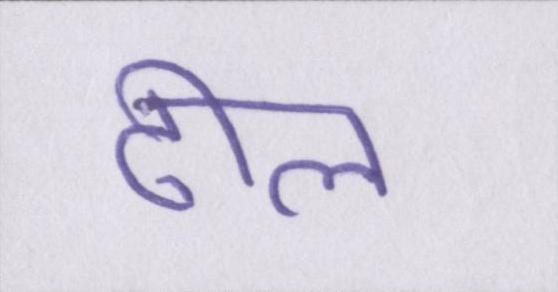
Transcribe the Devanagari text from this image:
ढील